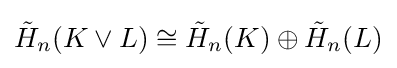
{\tilde {H}}_{n}(K\vee L)\cong {\tilde {H}}_{n}(K)\oplus {\tilde {H}}_{n}(L)